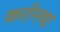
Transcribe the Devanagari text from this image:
करोनथा